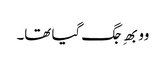
وو بھِ جگ گیا تھا۔